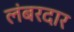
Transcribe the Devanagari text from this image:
लंबरदार